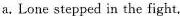
a.Lone stepped in the fight,